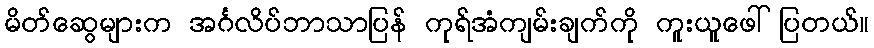
မိတ်ဆွေများက အင်္ဂလိပ်ဘာသာပြန် ကုရ်အံကျမ်းချက်ကို ကူးယူဖေါ်ပြတယ်။